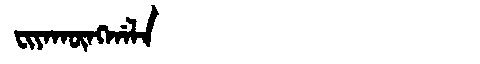
Manchu: ᠸᡳᠶᠠᡴᡡᠩᡤᠠᠯᠠ
Romanization: FIYAKŪNGGALA